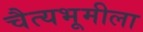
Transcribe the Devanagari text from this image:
चैत्यभूमीला